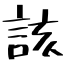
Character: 該